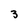
Character: 3